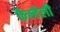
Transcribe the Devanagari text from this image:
कैल्वेली